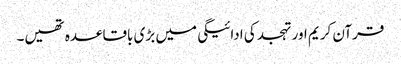
قرآن کریم اور تہجد کی ادائیگی میں بڑی باقاعدہ تھیں۔